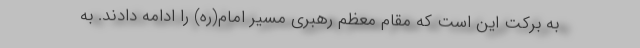
به برکت این است که مقام معظم رهبری مسیر امام(ره) را ادامه دادند. به